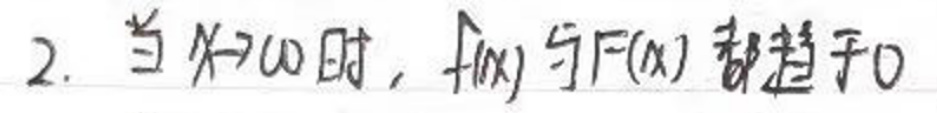
2. 当 \( x \to 0 \) 时，\( f(x) \) 与 \( F(x) \) 都趋于0